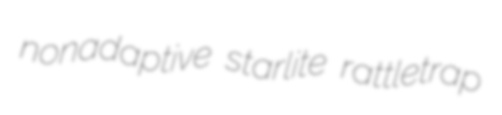
nonadaptive starlite rattletrap